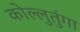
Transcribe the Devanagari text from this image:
कोल्लुतुंगा